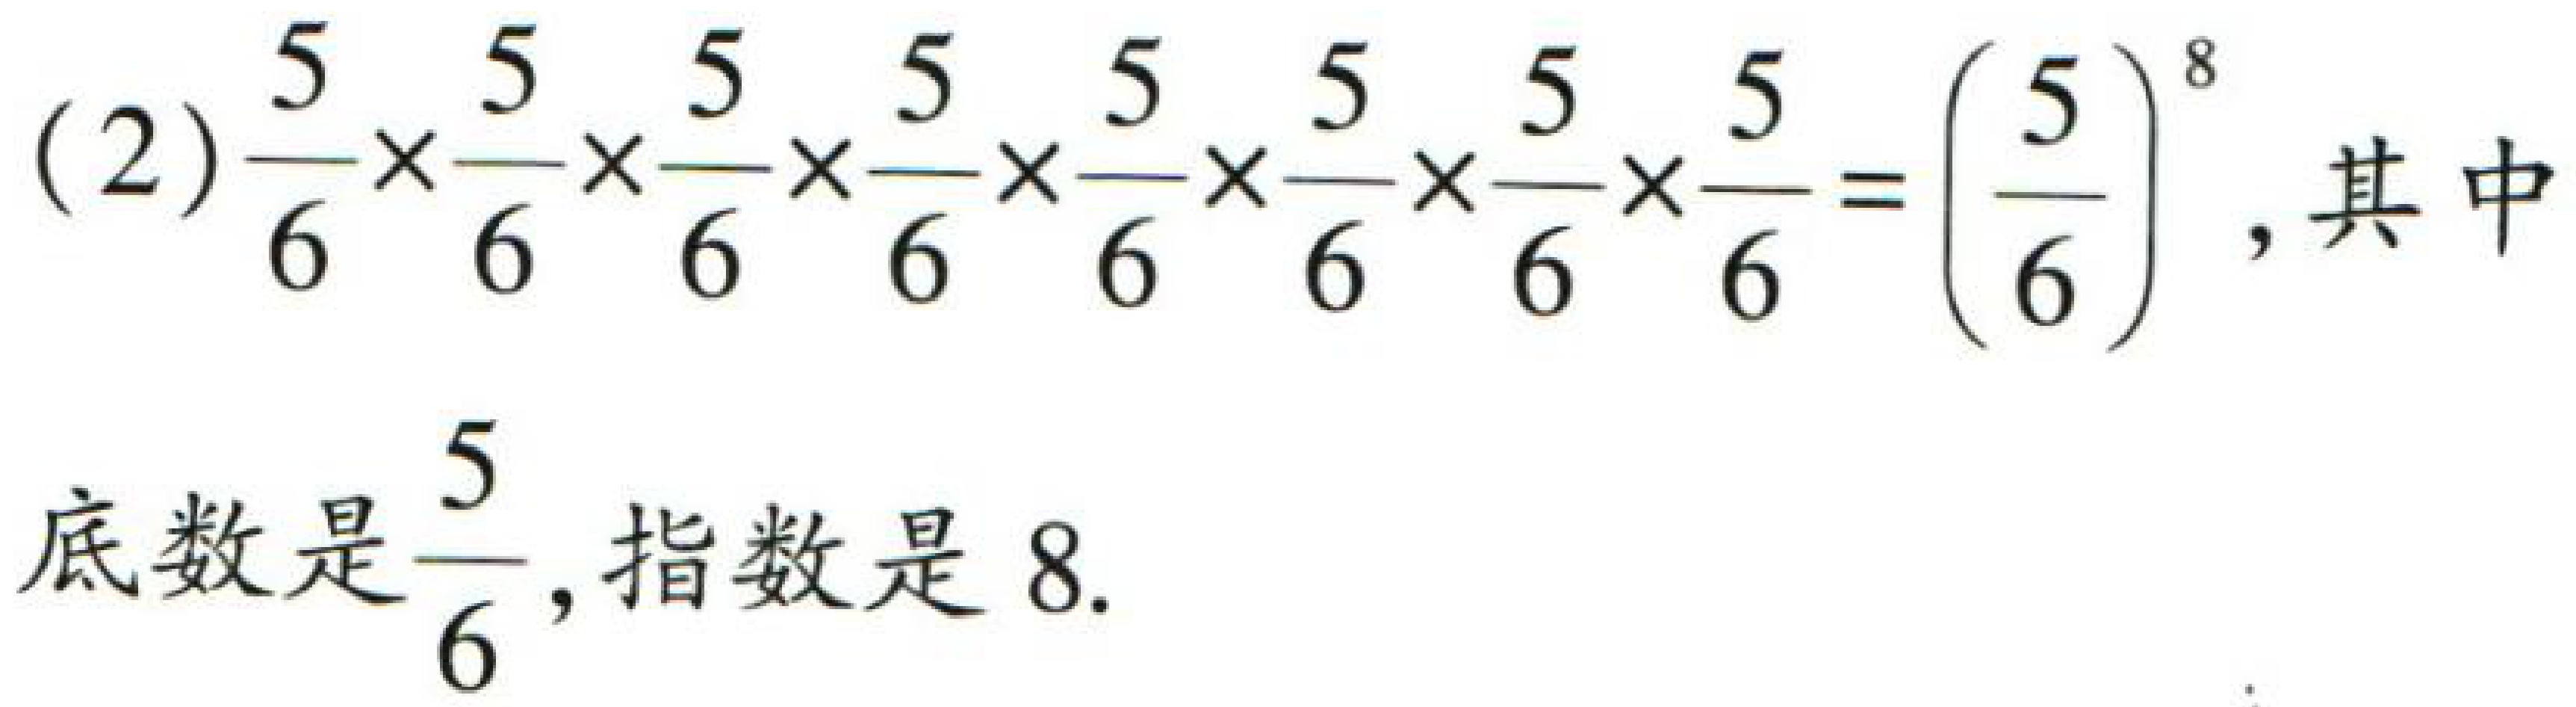
(2)$\dfrac{5}{6}\times\dfrac{5}{6}\times\dfrac{5}{6}\times\dfrac{5}{6}\times\dfrac{5}{6}\times\dfrac{5}{6}\times\dfrac{5}{6}\times\dfrac{5}{6}=\left(\dfrac{5}{6}\right)^{8}$,其中
底数是$\dfrac{5}{6}$,指数是$8$.